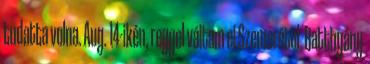
tudatta volna. Aug. 14-ikén, reggel váltam el Szemerétől. Batthyány